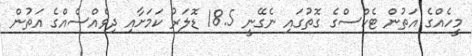
މީހެއްގެ އަތުން ޓެކްސްގެ ގޮތުގައި ނެގޭނީ 18.5 ޑޮލަރު ކަމަށާއި ދިވެއްސެއްގެ އަތުން